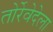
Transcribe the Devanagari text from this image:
तोर्रेवेदेला